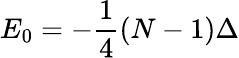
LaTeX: E_{0}=-\frac{1}{4}(N-1)\Delta